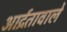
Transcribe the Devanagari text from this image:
आर्द्रतावाले